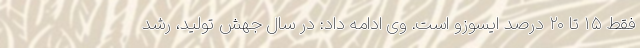
فقط ۱۵ تا ۲۰ درصد ایسوزو است. وی ادامه داد: در سال جهش تولید، رشد